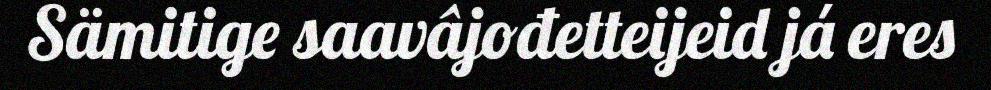
Sämitige saavâjođetteijeid já eres